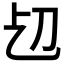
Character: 𠚱